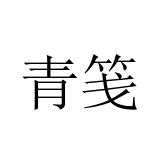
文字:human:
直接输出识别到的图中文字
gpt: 青笺